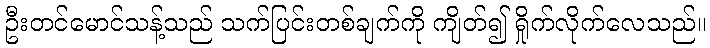
ဦးတင်မောင်သန့်သည် သက်ပြင်းတစ်ချက်ကို ကျိတ်၍ ရှိုက်လိုက်လေသည်။